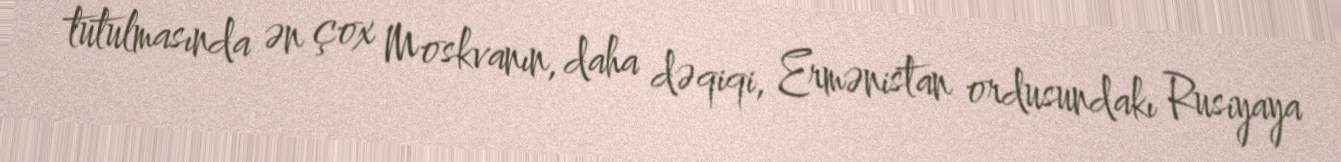
tutulmasında ən çox Moskvanın, daha dəqiqi, Ermənistan ordusundakı Rusiyaya